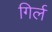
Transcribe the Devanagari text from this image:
गिर्ल